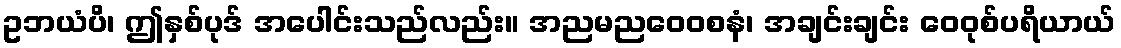
ဥဘယံပိ၊ ဤနှစ်ပုဒ် အပေါင်းသည်လည်း။ အညမညဝေဝစနံ၊ အချင်းချင်း ဝေဝုစ်ပရိယာယ်